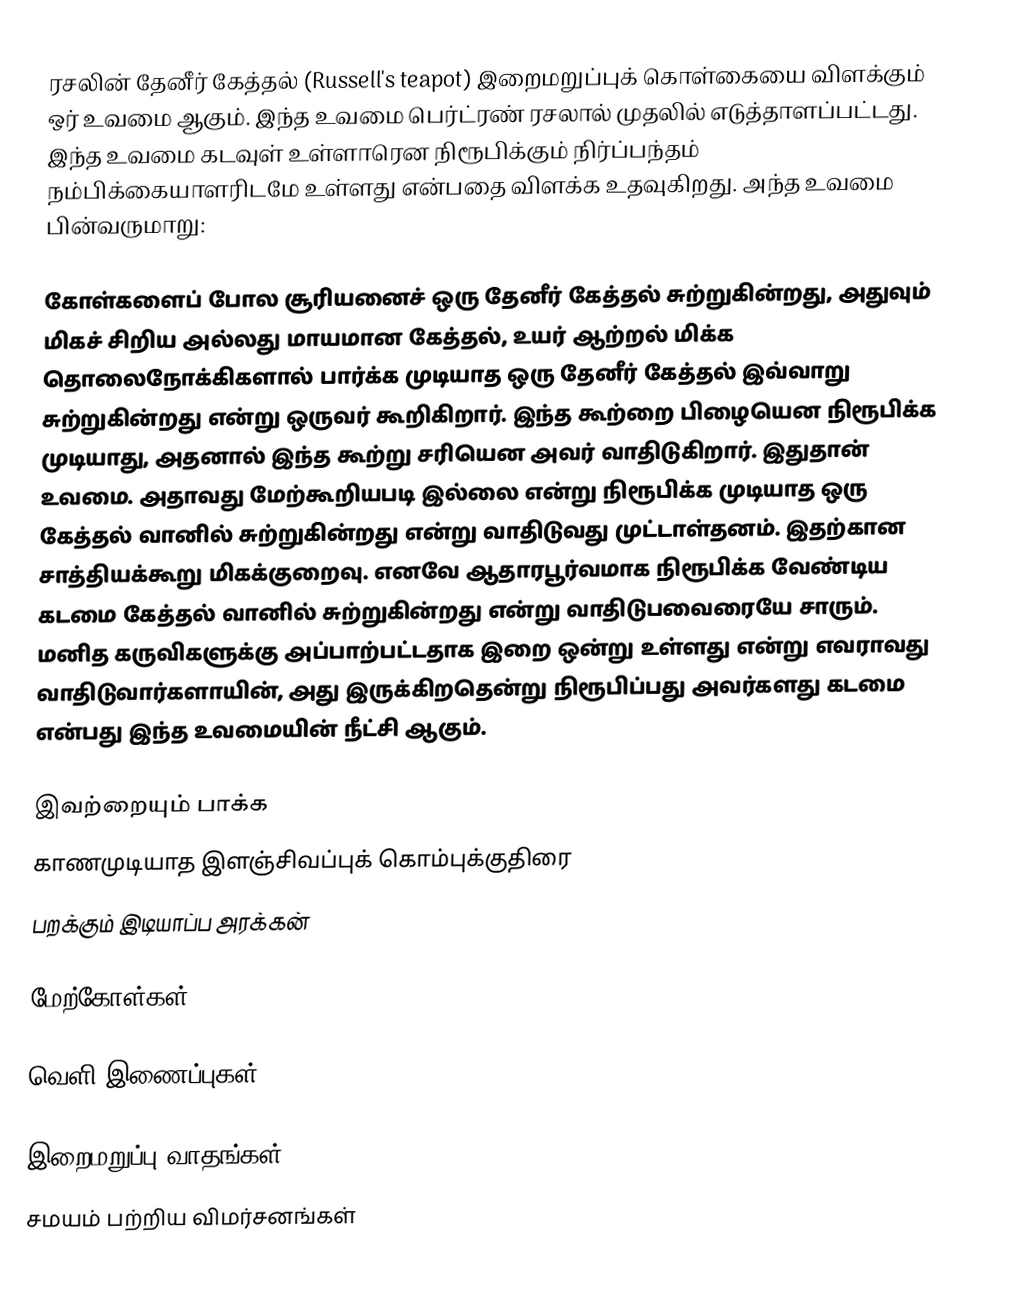
ரசலின் தேனீர் கேத்தல் (Russell's teapot) இறைமறுப்புக் கொள்கையை விளக்கும் ஒர் உவமை ஆகும். இந்த உவமை பெர்ட்ரண் ரசலால் முதலில் எடுத்தாளப்பட்டது. இந்த உவமை கடவுள் உள்ளாரென நிரூபிக்கும் நிர்ப்பந்தம் நம்பிக்கையாளரிடமே உள்ளது என்பதை விளக்க உதவுகிறது. அந்த உவமை பின்வருமாறு:

கோள்களைப் போல சூரியனைச் ஒரு தேனீர் கேத்தல் சுற்றுகின்றது, அதுவும் மிகச் சிறிய அல்லது மாயமான கேத்தல், உயர் ஆற்றல் மிக்க தொலைநோக்கிகளால் பார்க்க முடியாத ஒரு தேனீர் கேத்தல் இவ்வாறு சுற்றுகின்றது என்று ஒருவர் கூறிகிறார். இந்த கூற்றை பிழையென நிரூபிக்க முடியாது, அதனால் இந்த கூற்று சரியென அவர் வாதிடுகிறார். இதுதான் உவமை. அதாவது மேற்கூறியபடி இல்லை என்று நிரூபிக்க முடியாத ஒரு கேத்தல் வானில் சுற்றுகின்றது என்று வாதிடுவது முட்டாள்தனம். இதற்கான சாத்தியக்கூறு மிகக்குறைவு. எனவே ஆதாரபூர்வமாக நிரூபிக்க வேண்டிய கடமை கேத்தல் வானில் சுற்றுகின்றது என்று வாதிடுபவைரையே சாரும். மனித கருவிகளுக்கு அப்பாற்பட்டதாக இறை ஒன்று உள்ளது என்று எவராவது வாதிடுவார்களாயின், அது இருக்கிறதென்று நிரூபிப்பது அவர்களது கடமை என்பது இந்த உவமையின் நீட்சி ஆகும்.

இவற்றையும் பாக்க
 காணமுடியாத இளஞ்சிவப்புக் கொம்புக்குதிரை
 பறக்கும் இடியாப்ப அரக்கன்

மேற்கோள்கள்

வெளி இணைப்புகள்

இறைமறுப்பு வாதங்கள்
சமயம் பற்றிய விமர்சனங்கள்